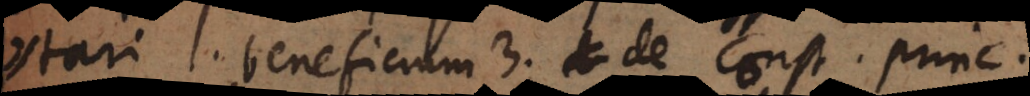
tari, l. beneficium 3. de const. princ.